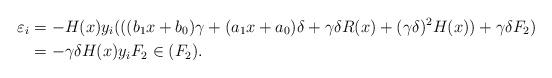
LaTeX: \begin{align*}\varepsilon_i &= - H(x) y_i (((b_1 x + b_0) \gamma + (a_1 x + a_0) \delta +\gamma \delta R(x) + (\gamma \delta)^2 H(x)) + \gamma \delta F_2) \\&= - \gamma \delta H(x) y_i F_2\in (F_2).\end{align*}